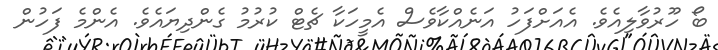
ބޯ ހޫރުވާލިއެވެ. އެއަށްފަހު އަނެއްކާވެސް އެމީހަކާ ޗެޓް ކުރުމު ގެންދިޔައެވެ. އެންމެ ފަހުން